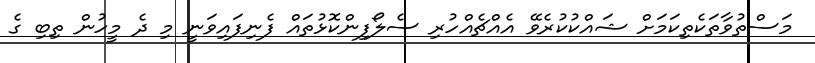
މަސްތުވާތަކެތިކަމަށް ޝައްކުކުރެވޭ އެއްޗެއްހުރި ސެލޯފިންކޮޅުތައް ފެނިފައިވަނީ މި ދެ މީހުން ތިބި ގެ